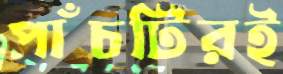
পাঁচটিরই